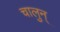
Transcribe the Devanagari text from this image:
चालुन्